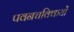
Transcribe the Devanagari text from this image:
पवनचक्कियों